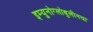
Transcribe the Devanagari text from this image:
इम्युनोग्लोबुलीनचा